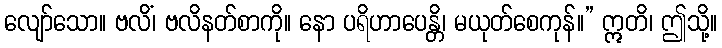
လျော်သော။ ဗလိံ၊ ဗလိနတ်စာကို။ နော ပရိဟာပေန္တိ၊ မယုတ်စေကုန်။” ဣတိ၊ ဤသို့။